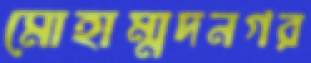
মোহাম্মদনগর